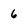
Character: 6